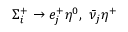
\Sigma _ { i } ^ { + } \to e _ { j } ^ { + } \eta ^ { 0 } , ~ \bar { \nu } _ { j } \eta ^ { + }